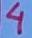
Text: 4